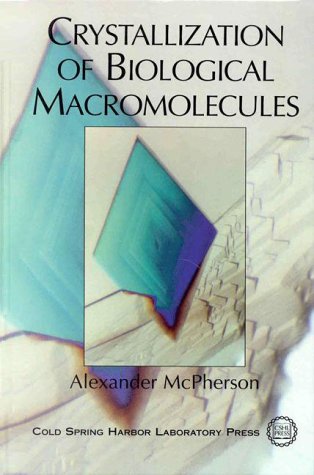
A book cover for Crystallization of Biological Macromolecules; Alexander McPherson; Science & Math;